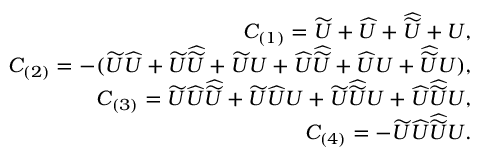
\begin{array} { r l r } & { } & { C _ { ( 1 ) } = \widetilde { U } + \widehat { U } + \widehat { \widetilde { U } } + U , } \\ & { } & { C _ { ( 2 ) } = - ( \widetilde { U } \widehat { U } + \widetilde { U } \widehat { \widetilde { U } } + \widetilde { U } U + \widehat { U } \widehat { \widetilde { U } } + \widehat { U } U + \widehat { \widetilde { U } } U ) , } \\ & { } & { C _ { ( 3 ) } = \widetilde { U } \widehat { U } \widehat { \widetilde { U } } + \widetilde { U } \widehat { U } U + \widetilde { U } \widehat { \widetilde { U } } U + \widehat { U } \widehat { \widetilde { U } } U , } \\ & { } & { C _ { ( 4 ) } = - \widetilde { U } \widehat { U } \widehat { \widetilde { U } } U . } \end{array}